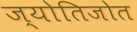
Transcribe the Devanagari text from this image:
ज्योतिजोत